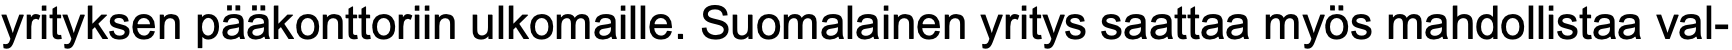
yrityksen pääkonttoriin ulkomaille. Suomalainen yritys saattaa myös mahdollistaa val-